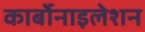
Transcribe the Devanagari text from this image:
कार्बोनाइलेशन